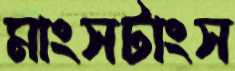
মাংসটাংস